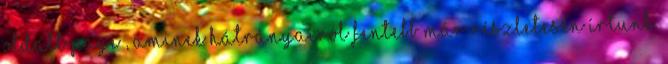
oldalt Page , aminek hátrányairól fentebb már részletesen írtunk.